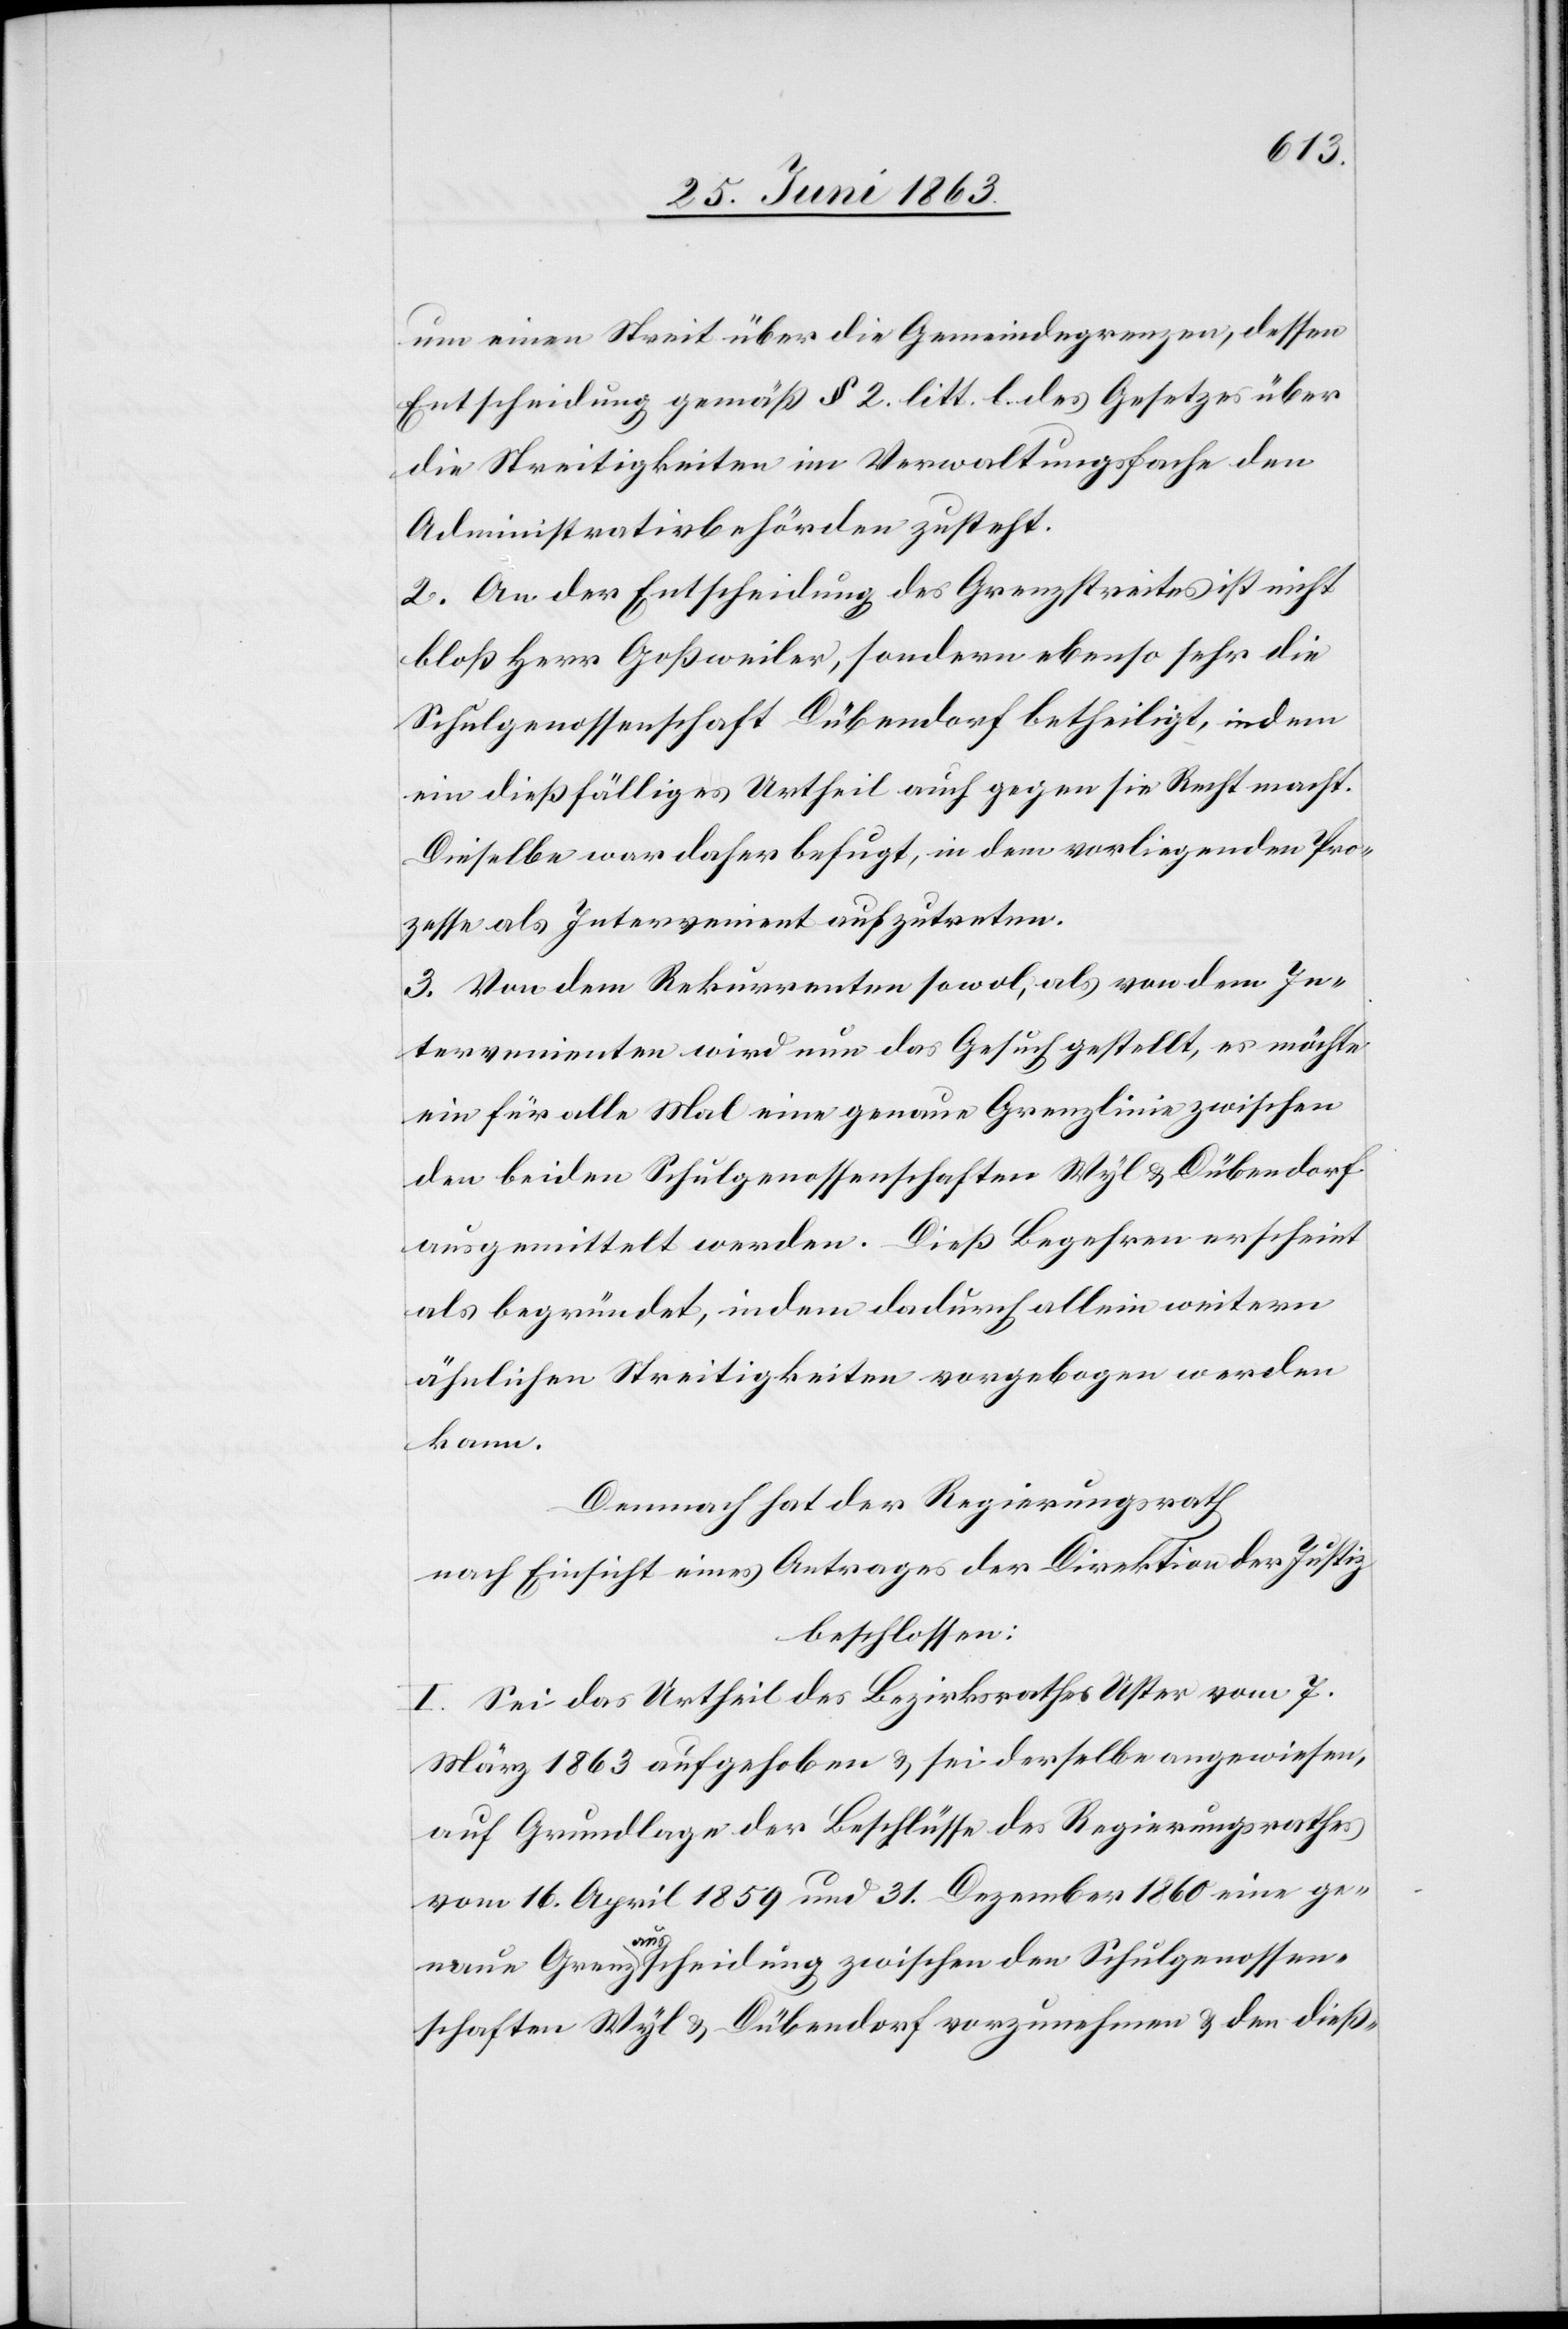
um einen Streit über die Gemeindegrenzen, dessen
Entscheidung gemäß § 2. litt. l. des Gesetzes über
die Streitigkeiten im Verwaltungsfache den
Administrativbehörden zusteht.
2. An der Entscheidung des Grenzstreites ist nicht
bloß Herr Goßweiler, sondern ebenso sehr die
Schulgenossenschaft Dübendorf betheiligt, indem
ein dießfälliges Urtheil auch gegen sie Recht macht.
Dieselbe war daher befugt, in dem vorliegenden Pro¬
zesse als Intervenient aufzutreten.
3. Von dem Rekurrenten sowol, als von dem In¬
tervenienten wird nun das Gesuch gestellt, es möchte
ein für alle Mal eine genaue Grenzlinie zwischen
den beiden Schulgenossenschaften Wyl & Dübendorf
ausgemittelt werden. Dieß Begehren erscheint
als begründet, indem dadurch allein weitern
ähnlichen Streitigkeiten vorgebogen werden
kann.
Demnach hat der Regierungsrath
nach Einsicht eines Antrages der Direktion der Justiz
beschlossen:
I. Sei das Urtheil des Bezirksrathes Uster vom 7.
März 1863 aufgehoben & sei derselbe angewiesen,
auf Grundlage der Beschlüsse des Regierungsrathes
vom 16. April 1859 und 31. Dezember 1860 eine ge¬
naue Grenza-aus-ascheidung zwischen den Schulgenossen¬
schaften Wyl & Dübendorf vorzunehmen & den dieß-